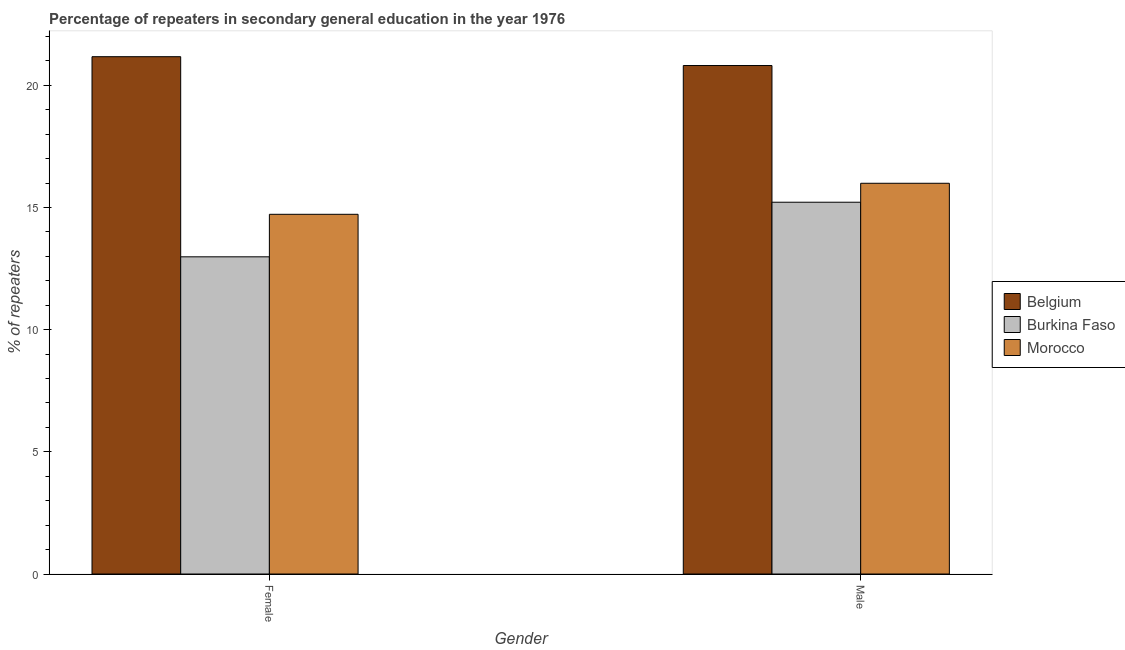
| Gender | Belgium | Burkina Faso | Morocco |
 | --- | --- | --- | --- |
 | Female | 21.2 | 13 | 14.7 |
 | Male | 20.8 | 15.2 | 16 |